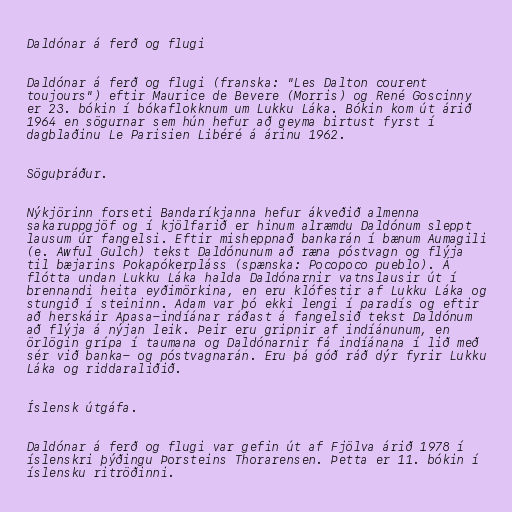
Daldónar á ferð og flugi

Daldónar á ferð og flugi (franska: "Les Dalton courent
toujours") eftir Maurice de Bevere (Morris) og René Goscinny
er 23. bókin í bókaflokknum um Lukku Láka. Bókin kom út árið
1964 en sögurnar sem hún hefur að geyma birtust fyrst í
dagblaðinu Le Parisien Libéré á árinu 1962.

Söguþráður.

Nýkjörinn forseti Bandaríkjanna hefur ákveðið almenna
sakaruppgjöf og í kjölfarið er hinum alræmdu Daldónum sleppt
lausum úr fangelsi. Eftir misheppnað bankarán í bænum Aumagili
(e. Awful Gulch) tekst Daldónunum að ræna póstvagn og flýja
til bæjarins Pokapókerpláss (spænska: Pocopoco pueblo). Á
flótta undan Lukku Láka halda Daldónarnir vatnslausir út í
brennandi heita eyðimörkina, en eru klófestir af Lukku Láka og
stungið í steininn. Adam var þó ekki lengi í paradís og eftir
að herskáir Apasa-indíánar ráðast á fangelsið tekst Daldónum
að flýja á nýjan leik. Þeir eru gripnir af indíánunum, en
örlögin grípa í taumana og Daldónarnir fá indíánana í lið með
sér við banka- og póstvagnarán. Eru þá góð ráð dýr fyrir Lukku
Láka og riddaraliðið.

Íslensk útgáfa.

Daldónar á ferð og flugi var gefin út af Fjölva árið 1978 í
íslenskri þýðingu Þorsteins Thorarensen. Þetta er 11. bókin í
íslensku ritröðinni.